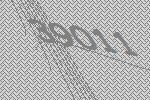
39011